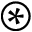
\circledast